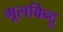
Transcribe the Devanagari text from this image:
मूलबिन्दु